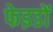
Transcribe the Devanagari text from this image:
फेइडों